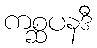
ကစ္ဆပနဒီ